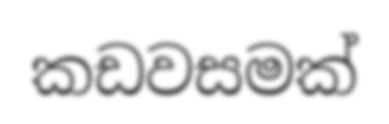
කඩවසමක්